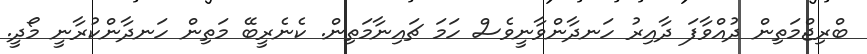
ބްރިޖްމަތިން ދުއްވާފަ ދާއިރު ހަނދާންވާނީވެސް ހަމަ ޗައިނާމަތިން. ކެނެރީބޭ މަތިން ހަނދާންކުރާނީ މޯދީ.